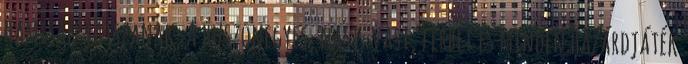
hamisan játszanak. A huszonegyes, nasi-vasi, ferbli és minden hazárdjáték